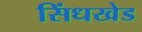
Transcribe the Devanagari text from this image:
सिंधखेड